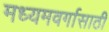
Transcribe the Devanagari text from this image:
मध्यमवर्गासाठी